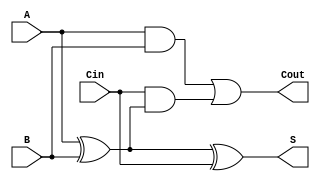
module full_adder (
    input wire A,     // First input bit
    input wire B,     // Second input bit
    input wire Cin,   // Carry input from previous addition
    output wire S,    // Sum output
    output wire Cout  // Carry output
);

// Sum output calculation
assign S = A ^ B ^ Cin;

// Carry output calculation
assign Cout = (A & B) | (Cin & (A ^ B));

endmodule